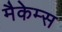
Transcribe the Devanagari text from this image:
मैकेम्स